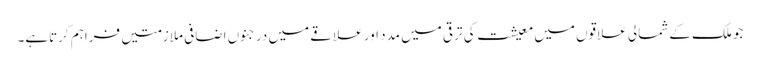
جو ملک کے شمالی علاقوں میں معیشت کی ترقی میں مدد اور علاقے میں درجنوں اضافی ملازمتیں فراہم کرتاہے۔